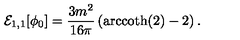
{ \cal E } _ { 1 , 1 } [ \phi _ { 0 } ] = \frac { 3 m ^ { 2 } } { 1 6 \pi } \left( \mathrm { a r c c o t h } ( 2 ) - 2 \right) .